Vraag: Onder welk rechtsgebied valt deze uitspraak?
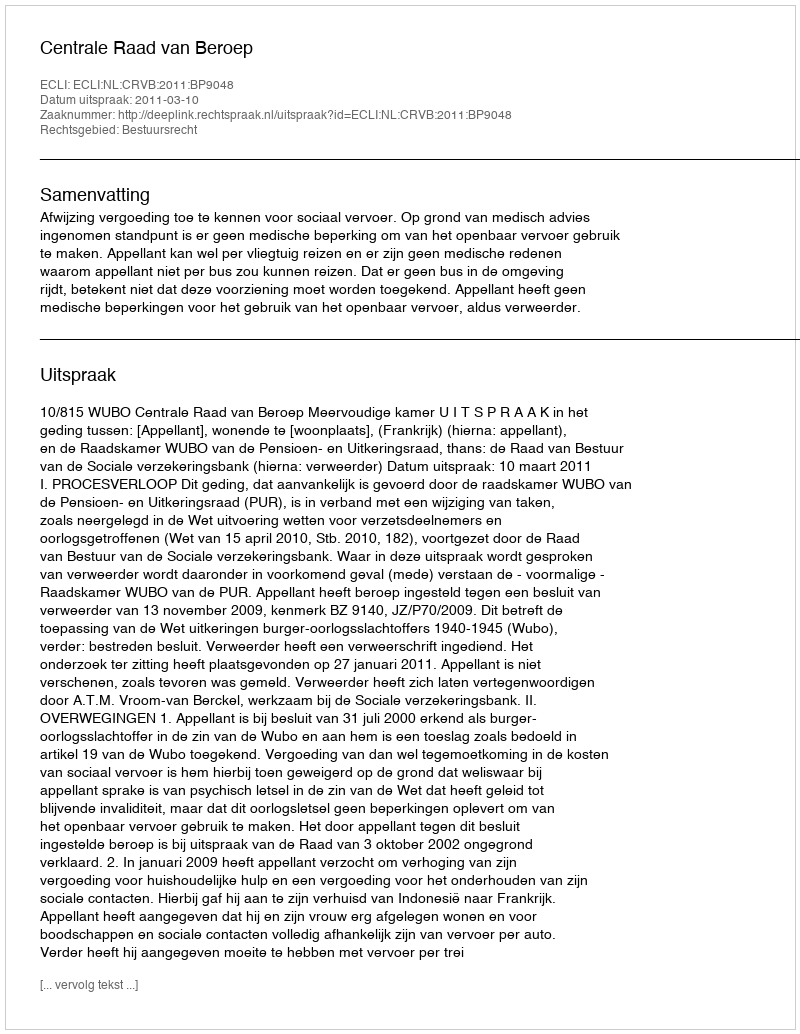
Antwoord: Bestuursrecht